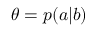
\theta = p ( a | b )